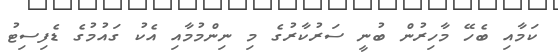
ކަމާއި ބެހޭ މާހިރުން ބުނީ ސަރުކާރުގެ މި ނިންމުމާއި އެކު ގައުމުގެ ޑެފިސިޓު